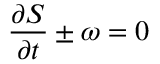
\frac { \partial S } { \partial t } \pm \omega = 0